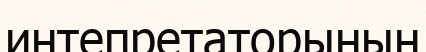
интепретаторының